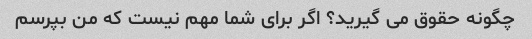
چگونه حقوق می گیرید؟ اگر برای شما مهم نیست که من بپرسم